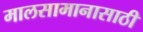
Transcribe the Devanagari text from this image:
मालसामानासाठी